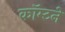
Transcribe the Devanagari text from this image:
कॉम्टने